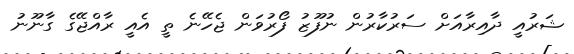
ޝަރުއީ ދާއިރާއަށް ސަރުކާރުން ނުފޫޒު ފޯރުވަން ޖެހޭނެ ތީ އެއީ ރާއްޖޭގެ ގާނޫނު